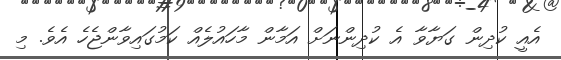
އެއީ ކުދިން ގަޔާވާ އެ ކުދިންނަށް އަމާން މާހައުލެއް ކަމުގައިވާންޖެހެ އެވެ. މި